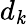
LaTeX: d_{\mathit{k}}